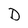
Character: D